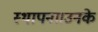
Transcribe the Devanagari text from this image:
स्थापना।उनके